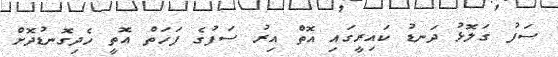
ސަފު ގަލޮޅު ދަނޑު ކައިރީގައި އޮތް އިރު ސަފުގެ ފަހަތް އޮތީ ހެދިގޮނޑުދޮށް